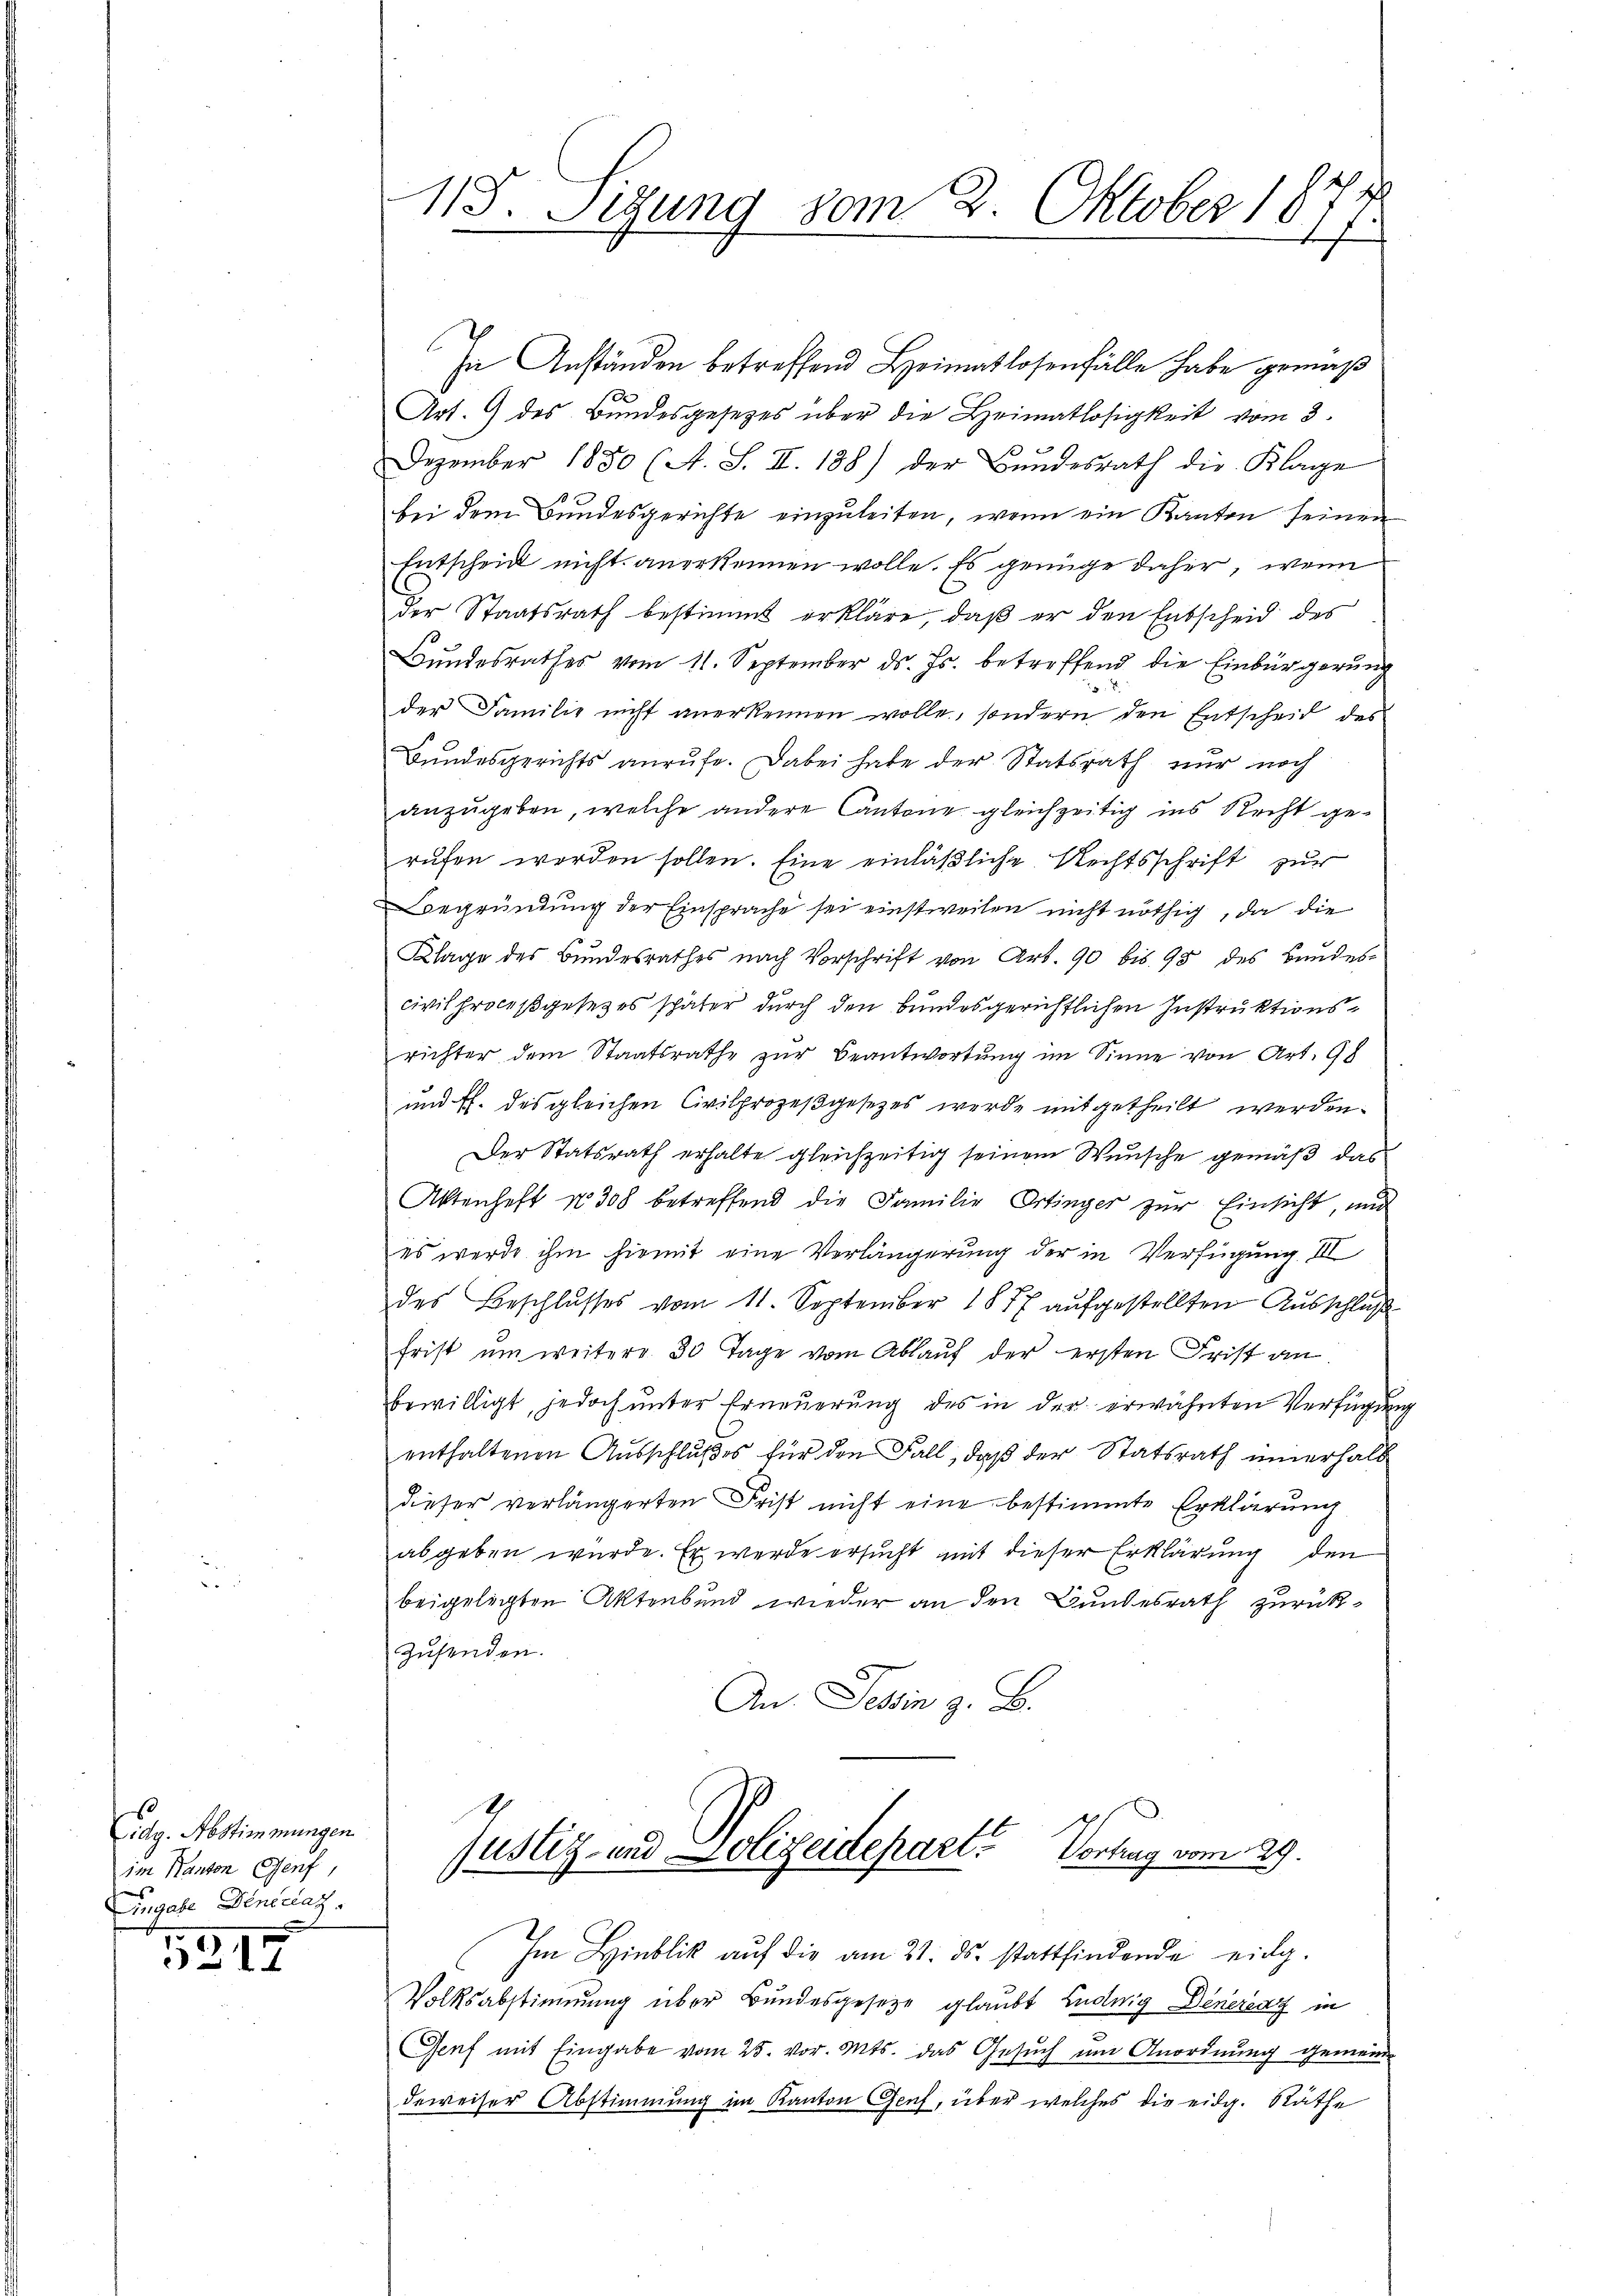
Eidg. Abstimmungen
im Kanton Genf,
e
Eingabe Deneraz

3317

In Anständen betreffend Heimatlosenfälle habe gemäß
Art. 9 des Bundesgesetzes über die Heimatlosigkeit vom 3.
Dezember 1850 (A. S. II. 188) der Bundesrath die Klage
bei dem Bundesgerichte einzuleiten, wenn ein Kanton seinen
Entscheid nicht anerkennen wolle. Es genüge daher, wenn
der Staatsrath bestimmt erkläre, daß er den Entscheid des
Bundesrathes vom 11. September ds. Js. betreffend die Einbürgerung
der Familie nicht anerkennen wolle, sondern den Entscheid des
Bundesgerichts anrufe. Dabei habe der Statsrath nur noch
anzugeben, welche andere Antone gleichzeitig ins Recht gerufen werden sollen. Eine einläßliche Rechtsschrift zur
egründung der Einsprache sei einstweilen nicht nöthig, da die
Klage des Bundesrathes nach Vorschrift von Art. 90 bis 98 des Bundescivilproceßgesetzes später durch den bundesgerichtlichen Instruktionsrichter dem Staatsrathe zŭr Beantwortung im Sinne von Art. 9
und fl. des gleichen Civilprozeßgesetzes werde mitgetheilt werden.
Der Statsrath erhalte gleichzeitig seinem Wunsche gemäß das
Aktenheft No. 308 betreffend die Familie Ortinger zur Einsicht, und
es werde ihm hiemit eine Verlängerung der in Verfügung III
des Beschlusses vom 11. September 1877 aufgestellten Ausschluß
frist um weitere 30 Tage vom Ablauf der ersten Frist an
bewilligt, jedoch unter Erneŭerŭng des in der erwähnten Verfügung
enthaltenen Ausschlußes für den Fall, daß der Statsrath innerhalb
dieser verlängerten Frist nicht eine bestimmte Erklärung
abgeben wurde. Er werde ersucht mit dieser Erklärung den
beigelegten Aktenbund wieder an den Bundesrath zurück¬
Zusenden.
An Jehin z. B.

113. Sigung vom 2. Oktober 1877.
tef

Justiz- und Polizeidepart. Vortrag vom 29.
Im Hinblik auf die am 21. ds. stattfindende eidg.

Volksabstimmung über Bundesgesetze glaubt Ludwig Denerenz in
Genf mit Eingabe vom 25. vor. Mts. das Gesuch um Anordnung gemein-
deweiser Abstimmung im Kanton Genf, über welches die eidg. Räthe